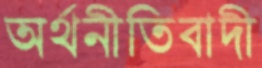
অর্থনীতিবাদী